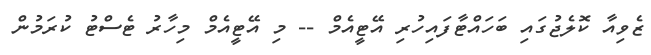
ޒެވިއާ ކޮލެޖުގައި ބަހައްޓާފައިހުރި އޭޓީއެމް -- މި އޭޓީއެމް މިހާރު ޓެސްޓު ކުރަމުން